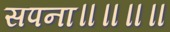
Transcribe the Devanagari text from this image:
सपना॥॥॥॥